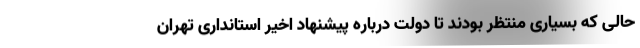
حالی که بسیاری منتظر بودند تا دولت درباره پیشنهاد اخیر استانداری تهران